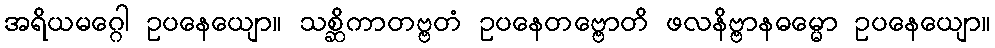
အရိယမဂ္ဂေါ ဥပနေယျော။ သစ္ဆိကာတဗ္ဗတံ ဥပနေတဗ္ဗောတိ ဖလနိဗ္ဗာနဓမ္မော ဥပနေယျော။